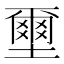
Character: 壐